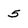
Character: 5